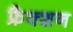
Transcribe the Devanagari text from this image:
फ्रैक्शन